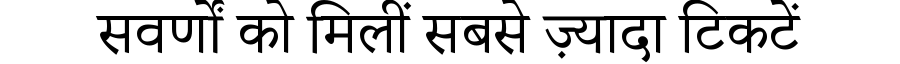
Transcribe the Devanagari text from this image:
सवर्णों को मिलीं सबसे ज़्यादा टिकटें